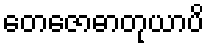
တေဇောဓာတုယာပိ